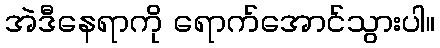
အဲဒီနေရာကို ရောက်အောင်သွားပါ။